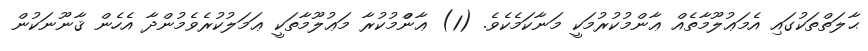
ޙާލަތްތަކުގައި އެމަޢުލޫމާތެއް ޢާންމުކުރުމަކީ މަނާކަމެކެވެ. (1) ޢާންްމުކުރާ މަޢުލޫމާތަކީ ޢަމަލުކުރެވެމުންދާ އެހެން ޤާނޫނަކުން